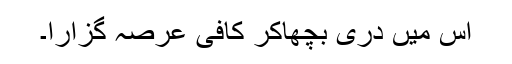
اس میں دری بچھاکر کافی عرصہ گزارا۔